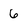
Character: 6